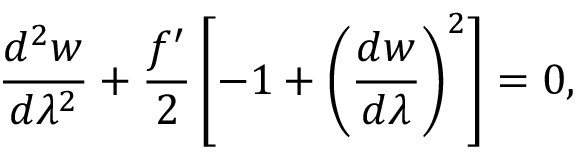
\frac { d ^ { 2 } w } { d \lambda ^ { 2 } } + \frac { f ^ { \prime } } { 2 } \left[ - 1 + \left( \frac { d w } { d \lambda } \right) ^ { 2 } \right] = 0 ,